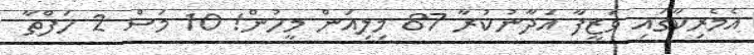
އެމެރިކާގައި ވަޒީފާ އަދާނުކުރާ 87 މިލިއަން މީހުން! 10 މަސް 2 ހަފްތާ